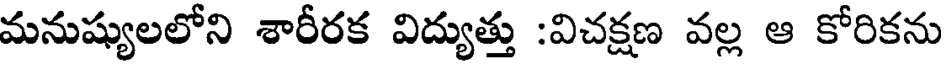
మనుష్యులలోని శారీరక విద్యుత్తు :విచక్షణ వల్ల ఆ కోరికను